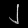
Digit: ၂